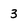
Character: 3